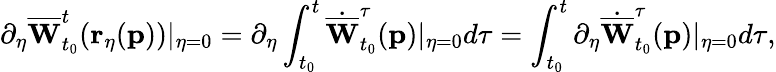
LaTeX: \partial_{\eta}\overline{{\mathbf{W}}}_{t_{0}}^{t}(\mathbf{r_{\eta}}(\mathbf{p}))\vert_{\eta=0}=\partial_{\eta}\int_{t_{0}}^{t}\dot{\overline{{\mathbf{W}}}}_{t_{0}}^{\tau}(\mathbf{p})\vert_{\eta=0}d\tau=\int_{t_{0}}^{t}\partial_{\eta}\dot{\overline{{\mathbf{W}}}}_{t_{0}}^{\tau}(\mathbf{p})\vert_{\eta=0}d\tau,